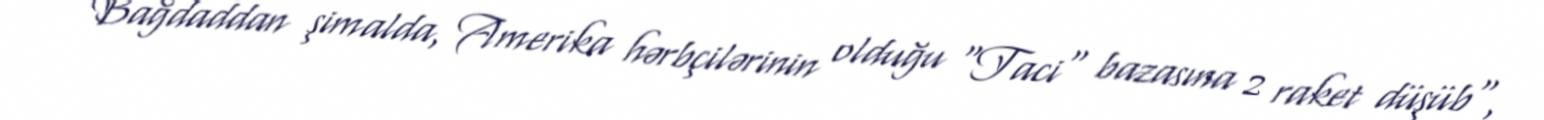
Bağdaddan şimalda, Amerika hərbçilərinin olduğu "Taci" bazasına 2 raket düşüb",